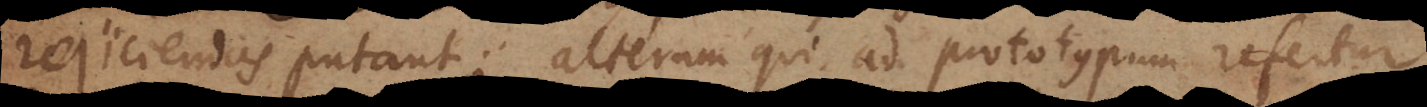
rejiciendas putant; alterum qui ad prototypum refertur,